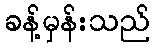
ခန့်မှန်းသည်